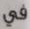
في